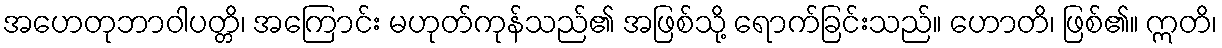
အဟေတုဘာဝါပတ္တိ၊ အကြောင်း မဟုတ်ကုန်သည်၏ အဖြစ်သို့ ရောက်ခြင်းသည်။ ဟောတိ၊ ဖြစ်၏။ ဣတိ၊